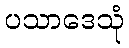
ပသာဒေသုံ